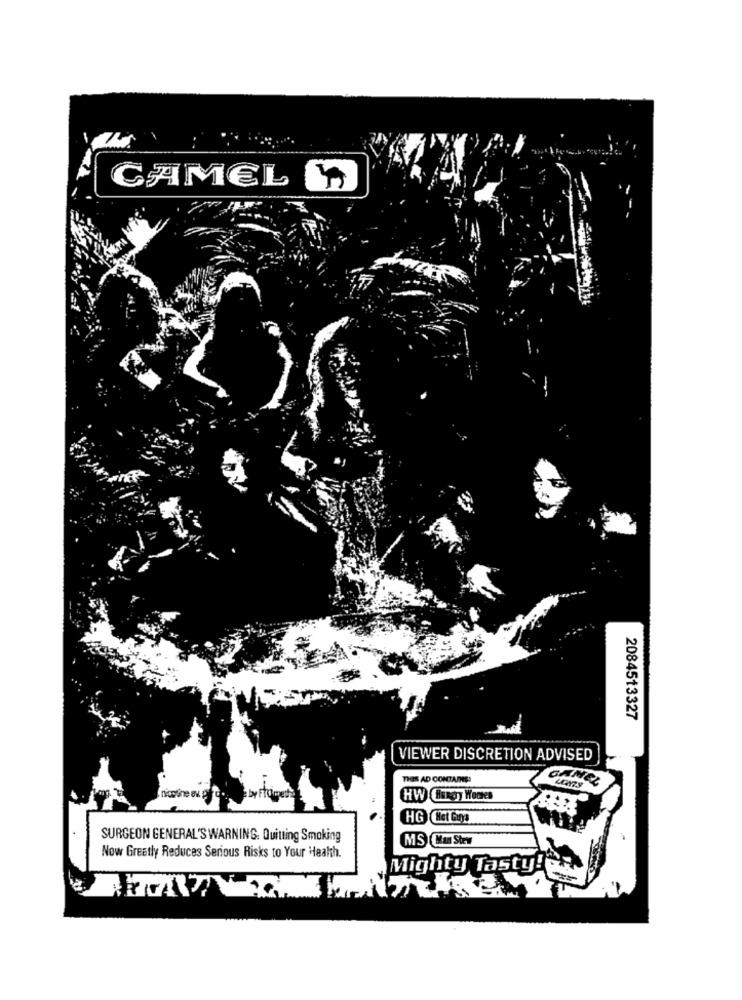
CAMEL
2084513327
VIEWER DISCRETION ADVISED
THIS AD CONTARESS
CAMEL
HW Luky Wortes
HG Het Goya
SURGEON GENERAL'S WARNING. Quitting Smoking
MSC Stev
Now Greatly Reduces Serious Risks to Your Health.
Mighty Tasty !!